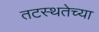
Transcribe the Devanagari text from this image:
तटस्थतेच्या